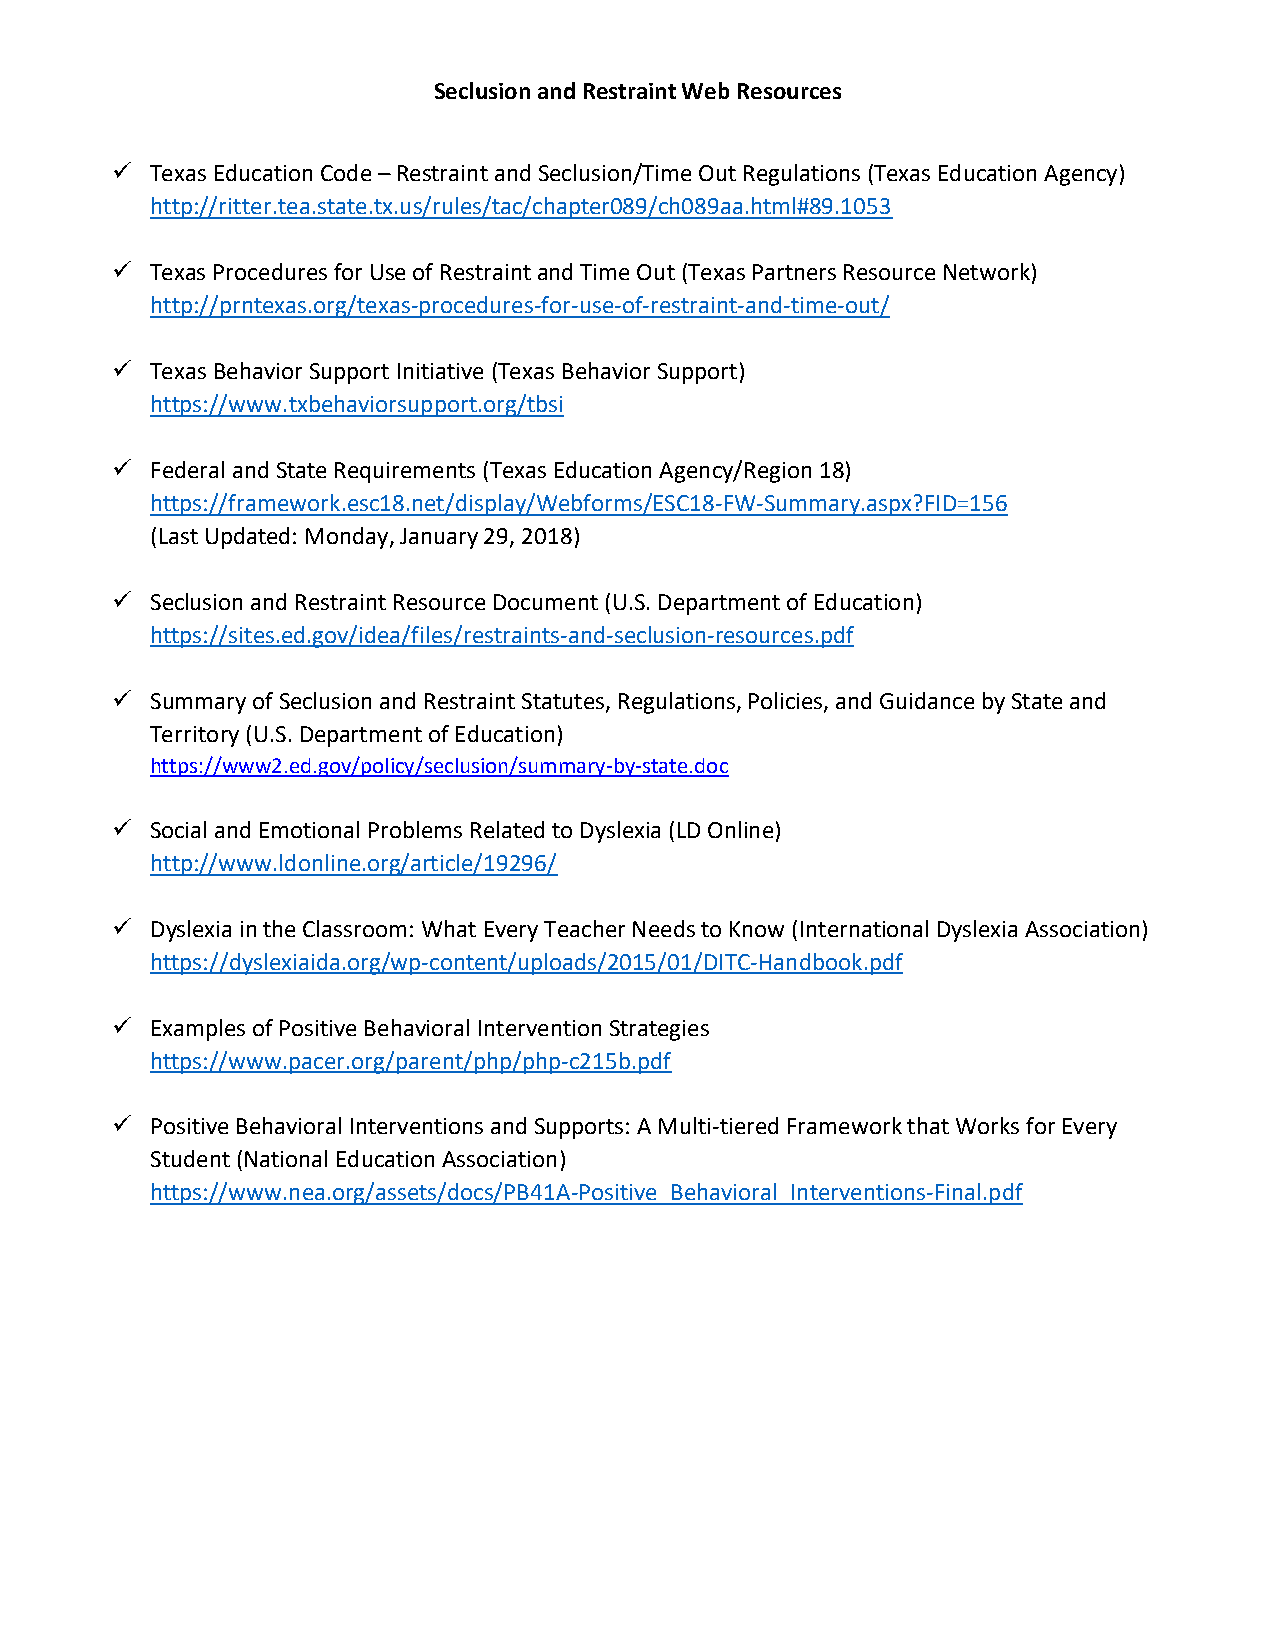
Seclusion and Restraint Web Resources
   Texas Education Code – Restraint and Seclusion/Time Out Regulations (Texas Education Agency)
 http://ritter.tea.state.tx.us/rules/tac/chapter089/ch089aa.html#89.1053
   Texas Procedures for Use of Restraint and Time Out (Texas Partners Resource Network)
 http://prntexas.org/texas-procedures-for-use-of-restraint-and-time-out/
   Texas Behavior Support Initiative (Texas Behavior Support)
 https://www.txbehaviorsupport.org/tbsi
   Federal and State Requirements (Texas Education Agency/Region 18)
 https://framework.esc18.net/display/Webforms/ESC18-FW-Summary.aspx?FID=156
 (Last Updated: Monday, January 29, 2018)
   Seclusion and Restraint Resource Document (U.S. Department of Education)
 https://sites.ed.gov/idea/files/restraints-and-seclusion-resources.pdf
   Summary of Seclusion and Restraint Statutes, Regulations, Policies, and Guidance by State and
 Territory (U.S. Department of Education)
 https://www2.ed.gov/policy/seclusion/summary-by-state.doc
   Social and Emotional Problems Related to Dyslexia (LD Online)
 http://www.ldonline.org/article/19296/
   Dyslexia in the Classroom: What Every Teacher Needs to Know (International Dyslexia Association)
 https://dyslexiaida.org/wp-content/uploads/2015/01/DITC-Handbook.pdf
   Examples of Positive Behavioral Intervention Strategies
 https://www.pacer.org/parent/php/php-c215b.pdf
   Positive Behavioral Interventions and Supports: A Multi-tiered Framework that Works for Every
 Student (National Education Association)
 https://www.nea.org/assets/docs/PB41A-Positive_Behavioral_Interventions-Final.pdf